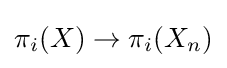
\pi _{i}(X)\to \pi _{i}(X_{n})